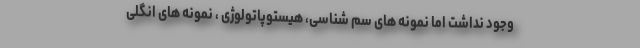
وجود نداشت اما نمونه های سم شناسی، هیستوپاتولوژی ، نمونه های انگلی